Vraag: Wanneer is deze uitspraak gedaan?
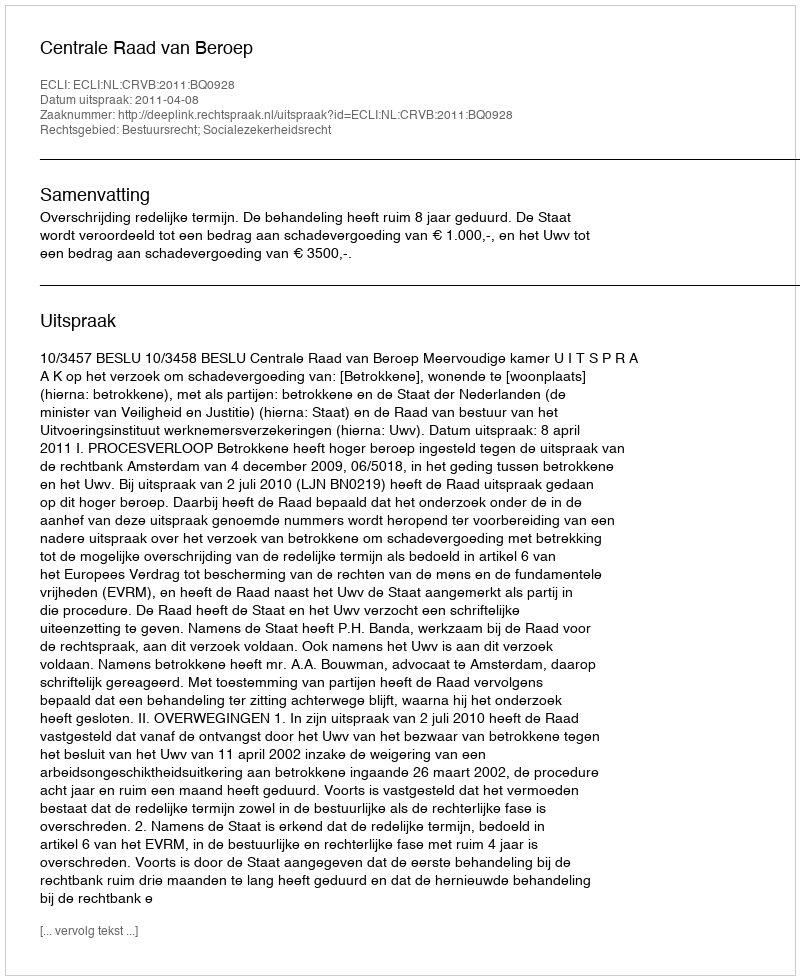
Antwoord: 2011-04-08